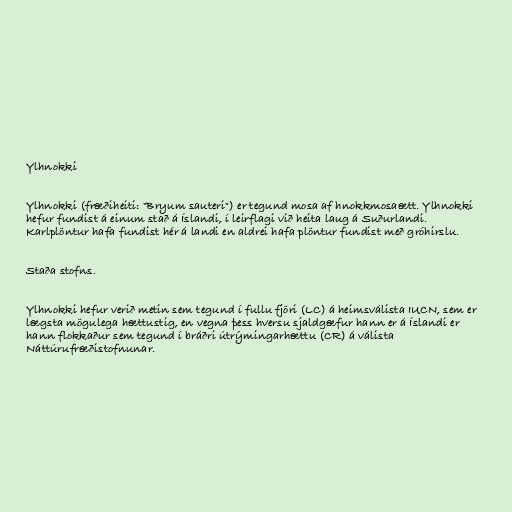
Ylhnokki

Ylhnokki (fræðiheiti: "Bryum sauteri") er tegund mosa af hnokkmosaætt. Ylhnokki
hefur fundist á einum stað á Íslandi, í leirflagi við heita laug á Suðurlandi.
Karlplöntur hafa fundist hér á landi en aldrei hafa plöntur fundist með gróhirslu.

Staða stofns.

Ylhnokki hefur verið metin sem tegund í fullu fjöri (LC) á heimsválista IUCN, sem er
lægsta mögulega hættustig, en vegna þess hversu sjaldgæfur hann er á Íslandi er
hann flokkaður sem tegund í bráðri útrýmingarhættu (CR) á válista
Náttúrufræðistofnunar.